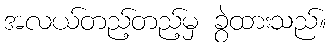
အလယ်တည့်တည့်မှ ခွဲထားသည်။